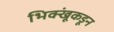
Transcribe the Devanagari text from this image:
भिक्खूंकडून